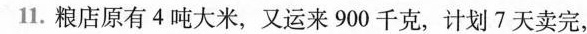
11.粮店原有4吨大米，又运来900千克，计划7天卖完，